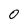
Character: 0